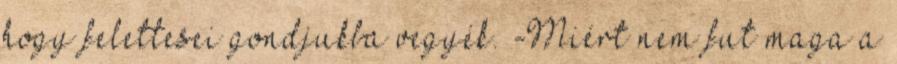
hogy felettesei gondjukba vegyék. -Miért nem fut maga a